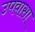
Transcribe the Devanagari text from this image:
उपवासा